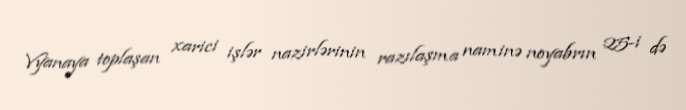
Vyanaya toplaşan xarici işlər nazirlərinin razılaşma naminə noyabrın 25-i də